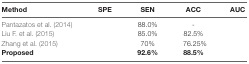
<table><thead><tr><td><b>Method</b></td><td><b>SPE</b></td><td><b>SEN</b></td><td><b>ACC</b></td><td><b>AUC</b></td></tr></thead><tbody><tr><td>Pantazatos et al. (2014)</td><td>[EMPTY_CELL]</td><td>88.0%</td><td>-</td><td>[EMPTY_CELL]</td></tr><tr><td>Liu F. et al. (2015)</td><td>[EMPTY_CELL]</td><td>85.0%</td><td>82.5%</td><td>[EMPTY_CELL]</td></tr><tr><td>Zhang et al. (2015)</td><td>[EMPTY_CELL]</td><td>70%</td><td>76.25%</td><td>[EMPTY_CELL]</td></tr><tr><td><b>Proposed</b></td><td>[EMPTY_CELL]</td><td><b>92.6%</b></td><td><b>88.5%</b></td><td>[EMPTY_CELL]</td></tr></tbody></table>